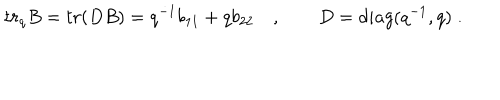
t r _ { q } B = t r ( D B ) = q ^ { - 1 } b _ { 1 1 } + q b _ { 2 2 } \quad , \qquad D = d i a g ( q ^ { - 1 } , q ) \; .